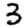
Digit: 3